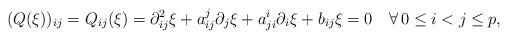
LaTeX: \begin{align*} (Q(\xi))_{ij}=Q_{ij}(\xi)=\partial^2_{ij}\xi+a_{ij}^j\partial_j\xi+a_{ji}^i\partial_i\xi+b_{ij}\xi=0\quad\forall\, 0\leq i<j\leq p,\end{align*}